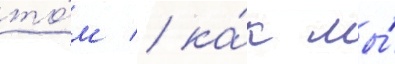
то́м / ка́к мы́